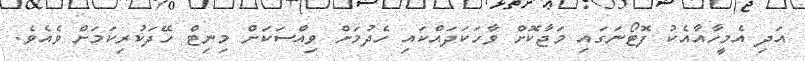
އަދި އެމީހާއާއެކު ފޮޓޯނަގައި މަޖާކޮށް ވާހަކަދައްކައި ހެދުމަށް ވިއްސަކަށް މިނިޓް ހޭދަކުރިކަމަށް ވެއެވެ.